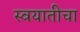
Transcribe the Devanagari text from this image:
स्वयातीचा